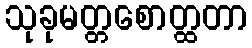
သုခုမတ္တစောတ္ထတာ